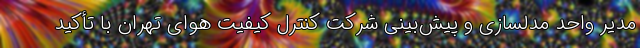
مدیر واحد مدلسازی و پیش‌بینی شرکت کنترل کیفیت هوای تهران با تأکید